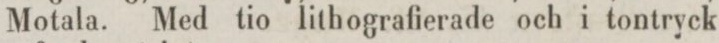
Motala. Med tio lithografierade och i tontryck